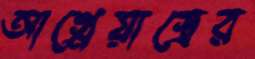
আগ্নেয়াস্ত্রের